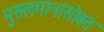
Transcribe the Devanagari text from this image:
मुसलमानांसोबत